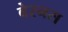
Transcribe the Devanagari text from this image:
बेरनस